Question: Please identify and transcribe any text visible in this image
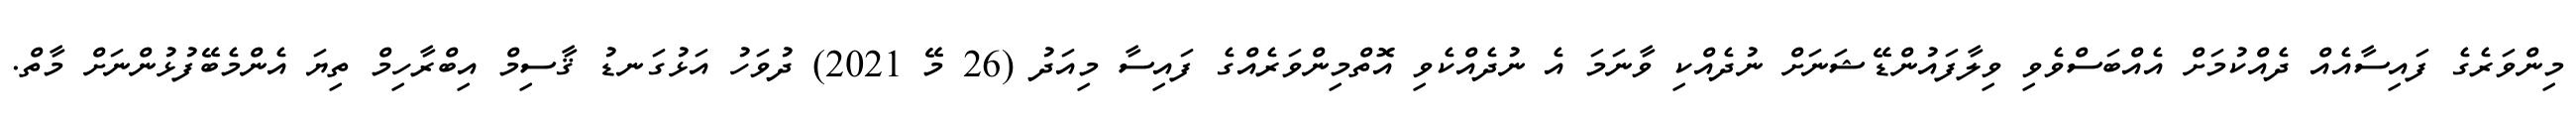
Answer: މިންވަރެގެ ފައިސާއެއް ދެއްކުމަށް އެއްބަސްވެވި ވިލާފައުންޑޭޝަނަށް ނުދެއްކި ވާނަމަ އެ ނުދެއްކެވި އޮތްމިންވަރެއްގެ ފައިސާ މިއަދު (26 މޭ 2021) ދުވަހު އަޅުގަނޑު ޤާސިމް އިބްރާހިމް ތިޔަ އެންމެބޭފުޅުންނަށް މާތް.